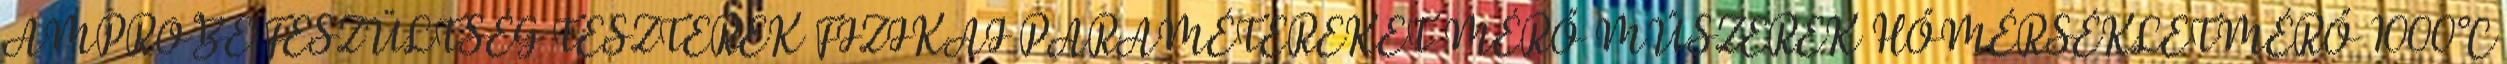
AMPROBE FESZÜLTSÉG TESZTEREK FIZIKAI PARAMÉTEREKET MÉRŐ MŰSZEREK HŐMÉRSÉKLETMÉRŐ 1000°C